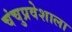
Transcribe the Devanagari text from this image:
चंचुप्रवेशाला